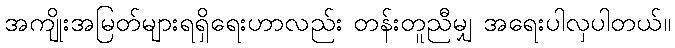
အကျိုးအမြတ်များရရှိရေးဟာလည်း တန်းတူညီမျှ အရေးပါလှပါတယ်။